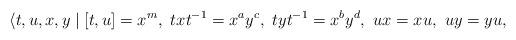
LaTeX: \begin{align*}\langle{t,u,x,y}\mid [t,u]=x^m,~txt^{-1}=x^ay^c,~tyt^{-1}=x^by^d,~ux=xu,~uy=yu,\end{align*}